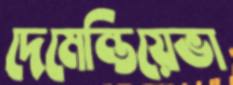
দেমেন্তিয়েভা